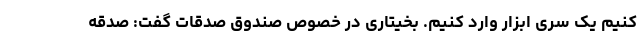
کنیم یک سری ابزار وارد کنیم. بخیتاری در خصوص صندوق صدقات گفت: صدقه